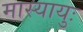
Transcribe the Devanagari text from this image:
मास्यायुः